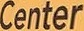
Center